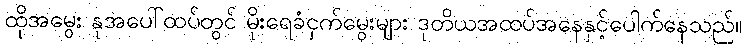
ထိုအမွေး နုအပေါ်ထပ်တွင် မိုးရေခံငှက်မွေးများ ဒုတိယအထပ်အနေနှင့်ပေါက်နေသည်။